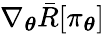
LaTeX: \nabla_{\boldsymbol{\theta}}\bar{R}[\pi_{\boldsymbol{\theta}}]